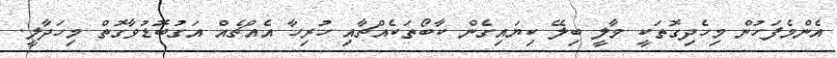
އެންމެފަހުން މިހެދިގޮތަކީ މާލީ ބިލޭ ކިޔައިގެން ކާބޯތަކެއްޗާއި ހުރިހާ އެއްޗެއް އަގުބޮޑުވާގޮތް މިހަދާލީ.